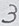
Text: 3